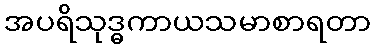
အပရိသုဒ္ဓကာယသမာစာရတာ